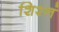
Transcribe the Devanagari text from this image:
शिश्नं